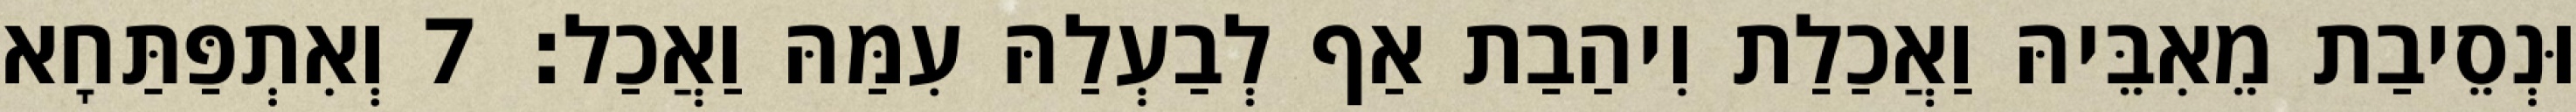
וּנְסֵיבַת מֵאִבֵּיהּ וַאֲכַלַת וִיהַבַת אַף לְבַעְלַהּ עִמַּהּ וַאֲכַל׃ 7 וְאִתְפַּתַּחָא